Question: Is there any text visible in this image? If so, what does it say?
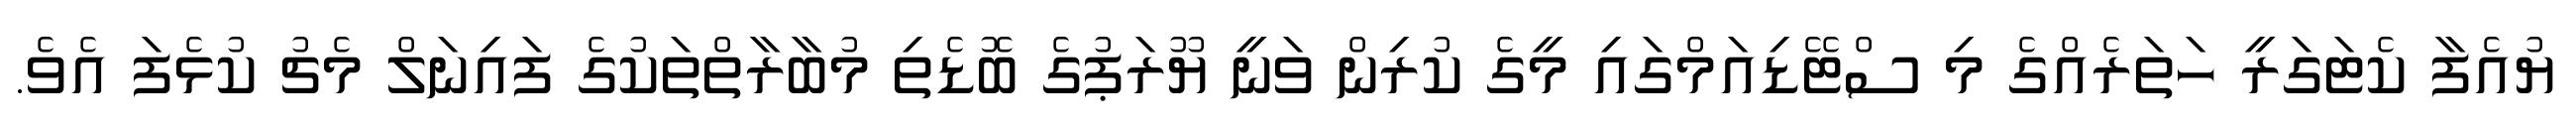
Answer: ޔުއެފާ ކެޓަގަރީ ހަތަރެއްގެ މި ސްޓޭޑިއަމްގައި މީގެ ކުރިން ވަނީ ޔޫރަޕުގެ ބޮޑެތި މުބާރާތްތަކުގެ ފައިނަލް މެޗު ކުޅެފަ އެވެ.